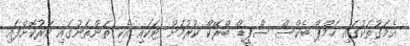
އެމަގުތަކުގައި ހަމްޕް ބެކްސް ސްޕީޑް ބްރޭކް ކުރުމަށް ޓަކައި އެކި ތަންތަނުގައި ހަރުކޮށްފައި